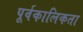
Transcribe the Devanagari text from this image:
पूर्वकालिकता